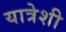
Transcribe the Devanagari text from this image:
यात्रेशी